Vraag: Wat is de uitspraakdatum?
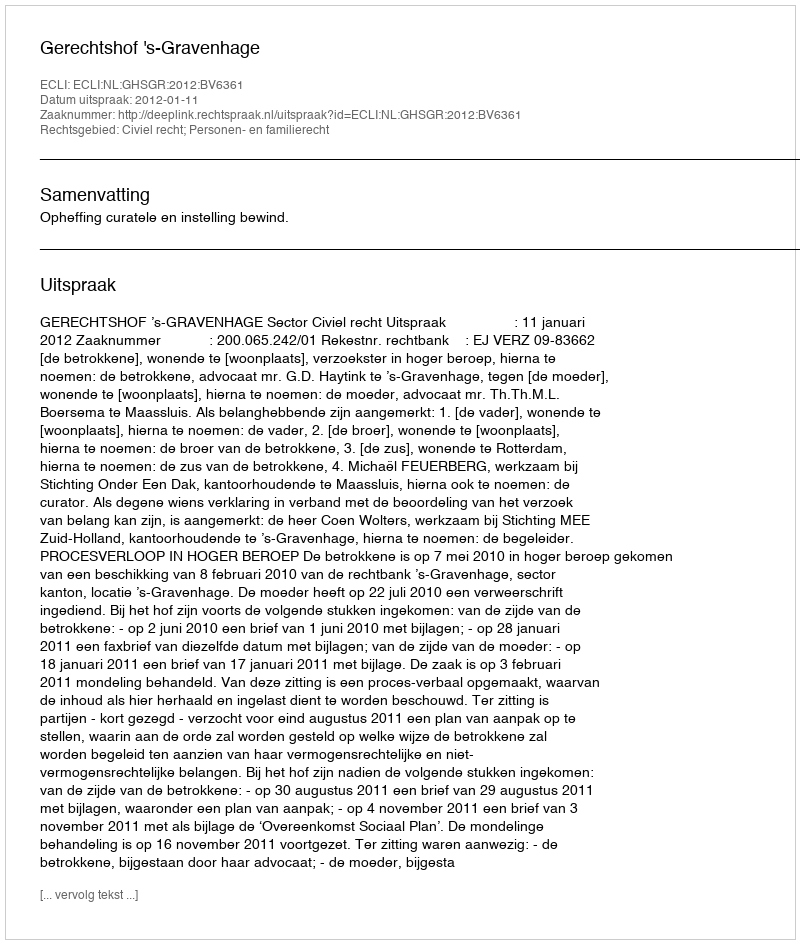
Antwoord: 2012-01-11